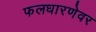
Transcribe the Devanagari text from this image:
फलधारणेवर